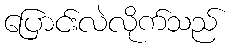
ပြောင်းလဲလိုက်သည်